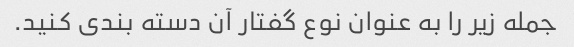
جمله زیر را به عنوان نوع گفتار آن دسته بندی کنید.